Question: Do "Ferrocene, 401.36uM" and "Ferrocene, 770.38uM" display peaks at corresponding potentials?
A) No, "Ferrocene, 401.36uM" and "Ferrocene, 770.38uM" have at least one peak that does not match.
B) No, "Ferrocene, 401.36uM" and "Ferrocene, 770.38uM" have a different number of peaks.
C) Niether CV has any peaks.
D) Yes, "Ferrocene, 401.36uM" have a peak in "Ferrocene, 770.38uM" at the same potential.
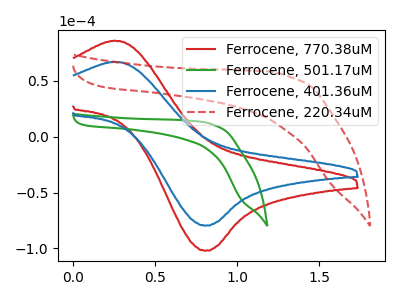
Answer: <think>The red curve "Ferrocene, 770.38uM" has an anodic peak at (0.25V, 86.05uA) and a cathodic peak at (0.80V, -102.05uA). The green curve "Ferrocene, 501.17uM" has no peaks. The blue curve "Ferrocene, 401.36uM" has an anodic peak at (0.25V, 67.10uA) and a cathodic peak at (0.80V, -79.55uA). The red dashed curve "Ferrocene, 220.34uM" has no peaks.</think>
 <answer>D) Yes, "Ferrocene, 401.36uM" have a peak in "Ferrocene, 770.38uM" at the same potential.</answer>
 <eval>D</eval>